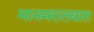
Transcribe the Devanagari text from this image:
मानमरातबात